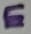
Text: E